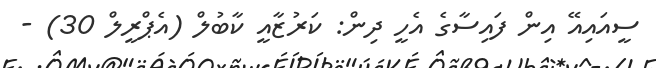
ސީއައިއޭ އިން ފައިސާގެ އެހީ ދިން: ކަރުޒާއީ ކާބުލް (އެޕްރީލް 30) -